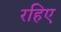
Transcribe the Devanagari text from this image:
रहिए